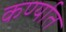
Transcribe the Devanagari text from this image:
कर्ण्यात